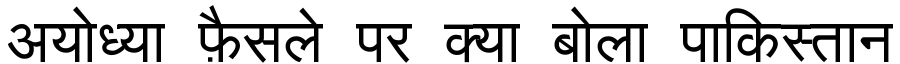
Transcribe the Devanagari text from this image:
अयोध्या फ़ैसले पर क्या बोला पाकिस्तान